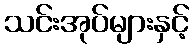
သင်းအုပ်များနှင့်